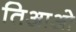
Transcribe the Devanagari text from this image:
तिआओ